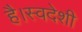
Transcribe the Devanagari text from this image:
है।स्वदेशी